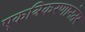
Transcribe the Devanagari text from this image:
एकत्रिकरणानंतर